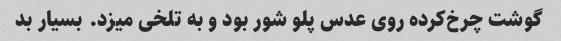
گوشت چرخ‌کرده روی عدس پلو شور بود و به تلخی میزد. بسیار بد